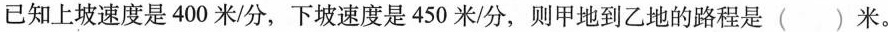
已知上坡速度是400米/分，下坡速度是450米/分，则甲地到乙地的路程是()米。